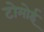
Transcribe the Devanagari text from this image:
टोमोई